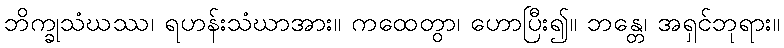
ဘိက္ခုသံဃဿ၊ ရဟန်းသံဃာအား။ ကထေတွာ၊ ဟောပြီး၍။ ဘန္တေ၊ အရှင်ဘုရား။